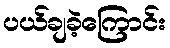
ပယ်ချခဲ့ကြောင်း